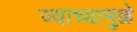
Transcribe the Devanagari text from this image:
ज्याच्यामुळे